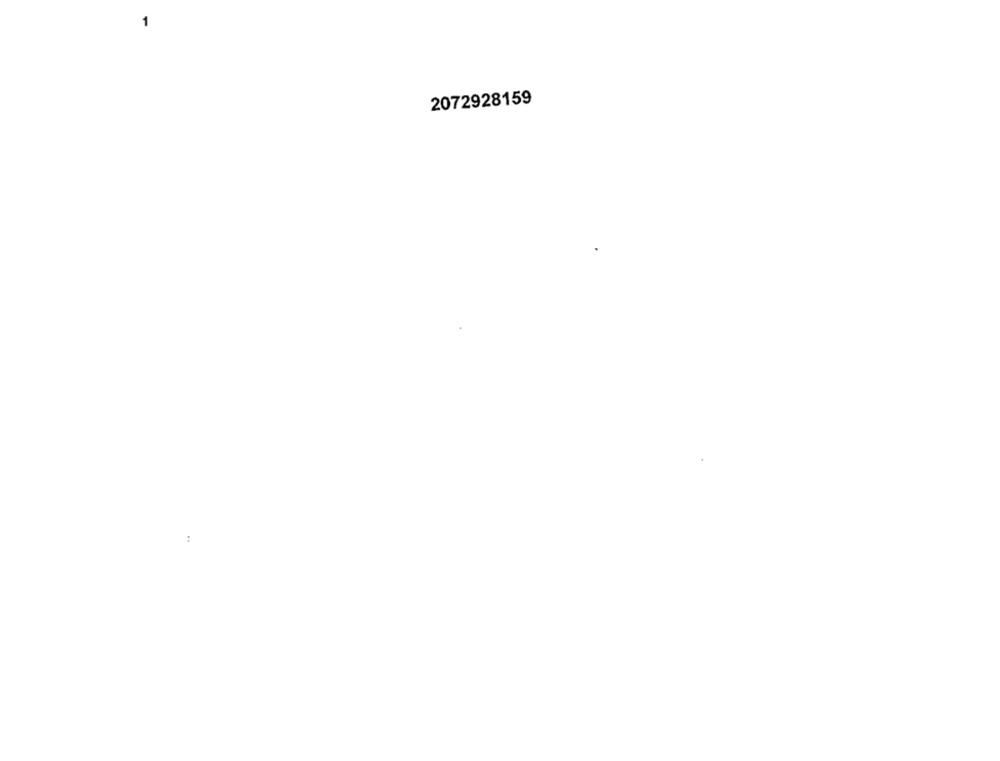
1
2072928159